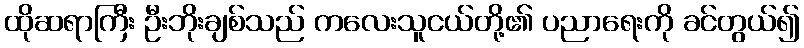
ထိုဆရာကြီး ဦးဘိုးချစ်သည် ကလေးသူငယ်တို့၏ ပညာရေးကို ခင်တွယ်၍